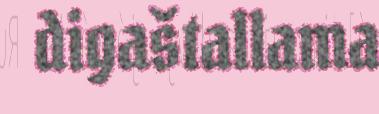
digaštallama